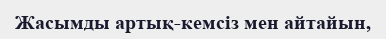
Жасымды артық-кемсіз мен айтайын,